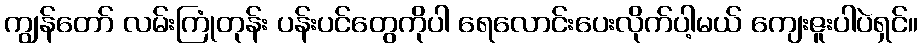
ကျွန်တော် လမ်းကြုံတုန်း ပန်းပင်တွေကိုပါ ရေလောင်းပေးလိုက်ပါ့မယ် ကျေးဇူးပါပဲရှင်။